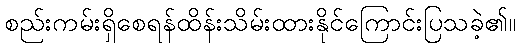
စည်းကမ်းရှိစေရန်ထိန်းသိမ်းထားနိုင်ကြောင်းပြသခဲ့၏။